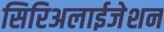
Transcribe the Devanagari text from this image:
सिरिअलाईजेशन